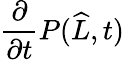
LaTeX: \frac{\partial}{\partial t}P(\widehat{L},t)